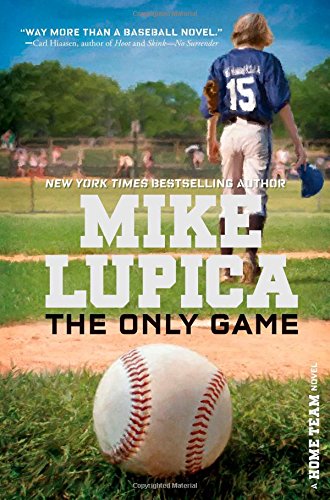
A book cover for The Only Game (Home Team); Mike Lupica; Children's Books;